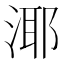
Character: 𪶘